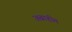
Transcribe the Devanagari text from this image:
अब्राहीम